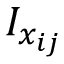
I _ { x _ { i j } }